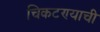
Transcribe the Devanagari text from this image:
चिकटण्याची